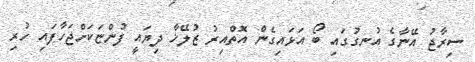
ސިރާޖު އޭނާގެ އުނގުގައި ބޯ އަޅައިގެން އޮތްއިރު ޒުލޭޚާ ދިޔައީ ފުންޏަކަށްޖަހާފައި ހުރި